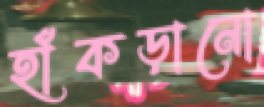
হাঁকড়ানো